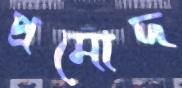
প্রমোদ